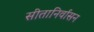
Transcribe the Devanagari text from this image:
सीतानिर्वासन